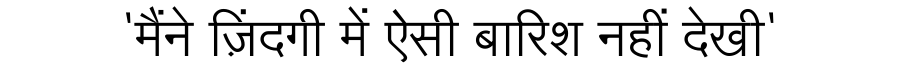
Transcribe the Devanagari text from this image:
'मैंने ज़िंदगी में ऐसी बारिश नहीं देखी'